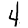
Digit: 4